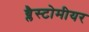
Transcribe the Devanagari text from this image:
ब्लैस्टोमीयर